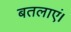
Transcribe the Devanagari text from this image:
बतलाएं।